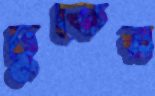
ঢুকের